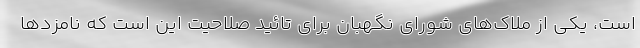
است، یکی از ملاک‌های شورای نگهبان برای تائید صلاحیت این است که نامزدها